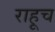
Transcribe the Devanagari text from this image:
राहूच